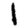
Digit: 1